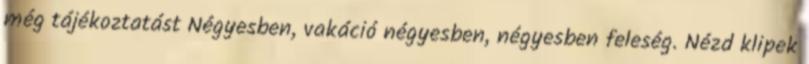
még tájékoztatást Négyesben, vakáció négyesben, négyesben feleség. Nézd klipek